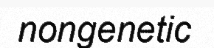
nongenetic